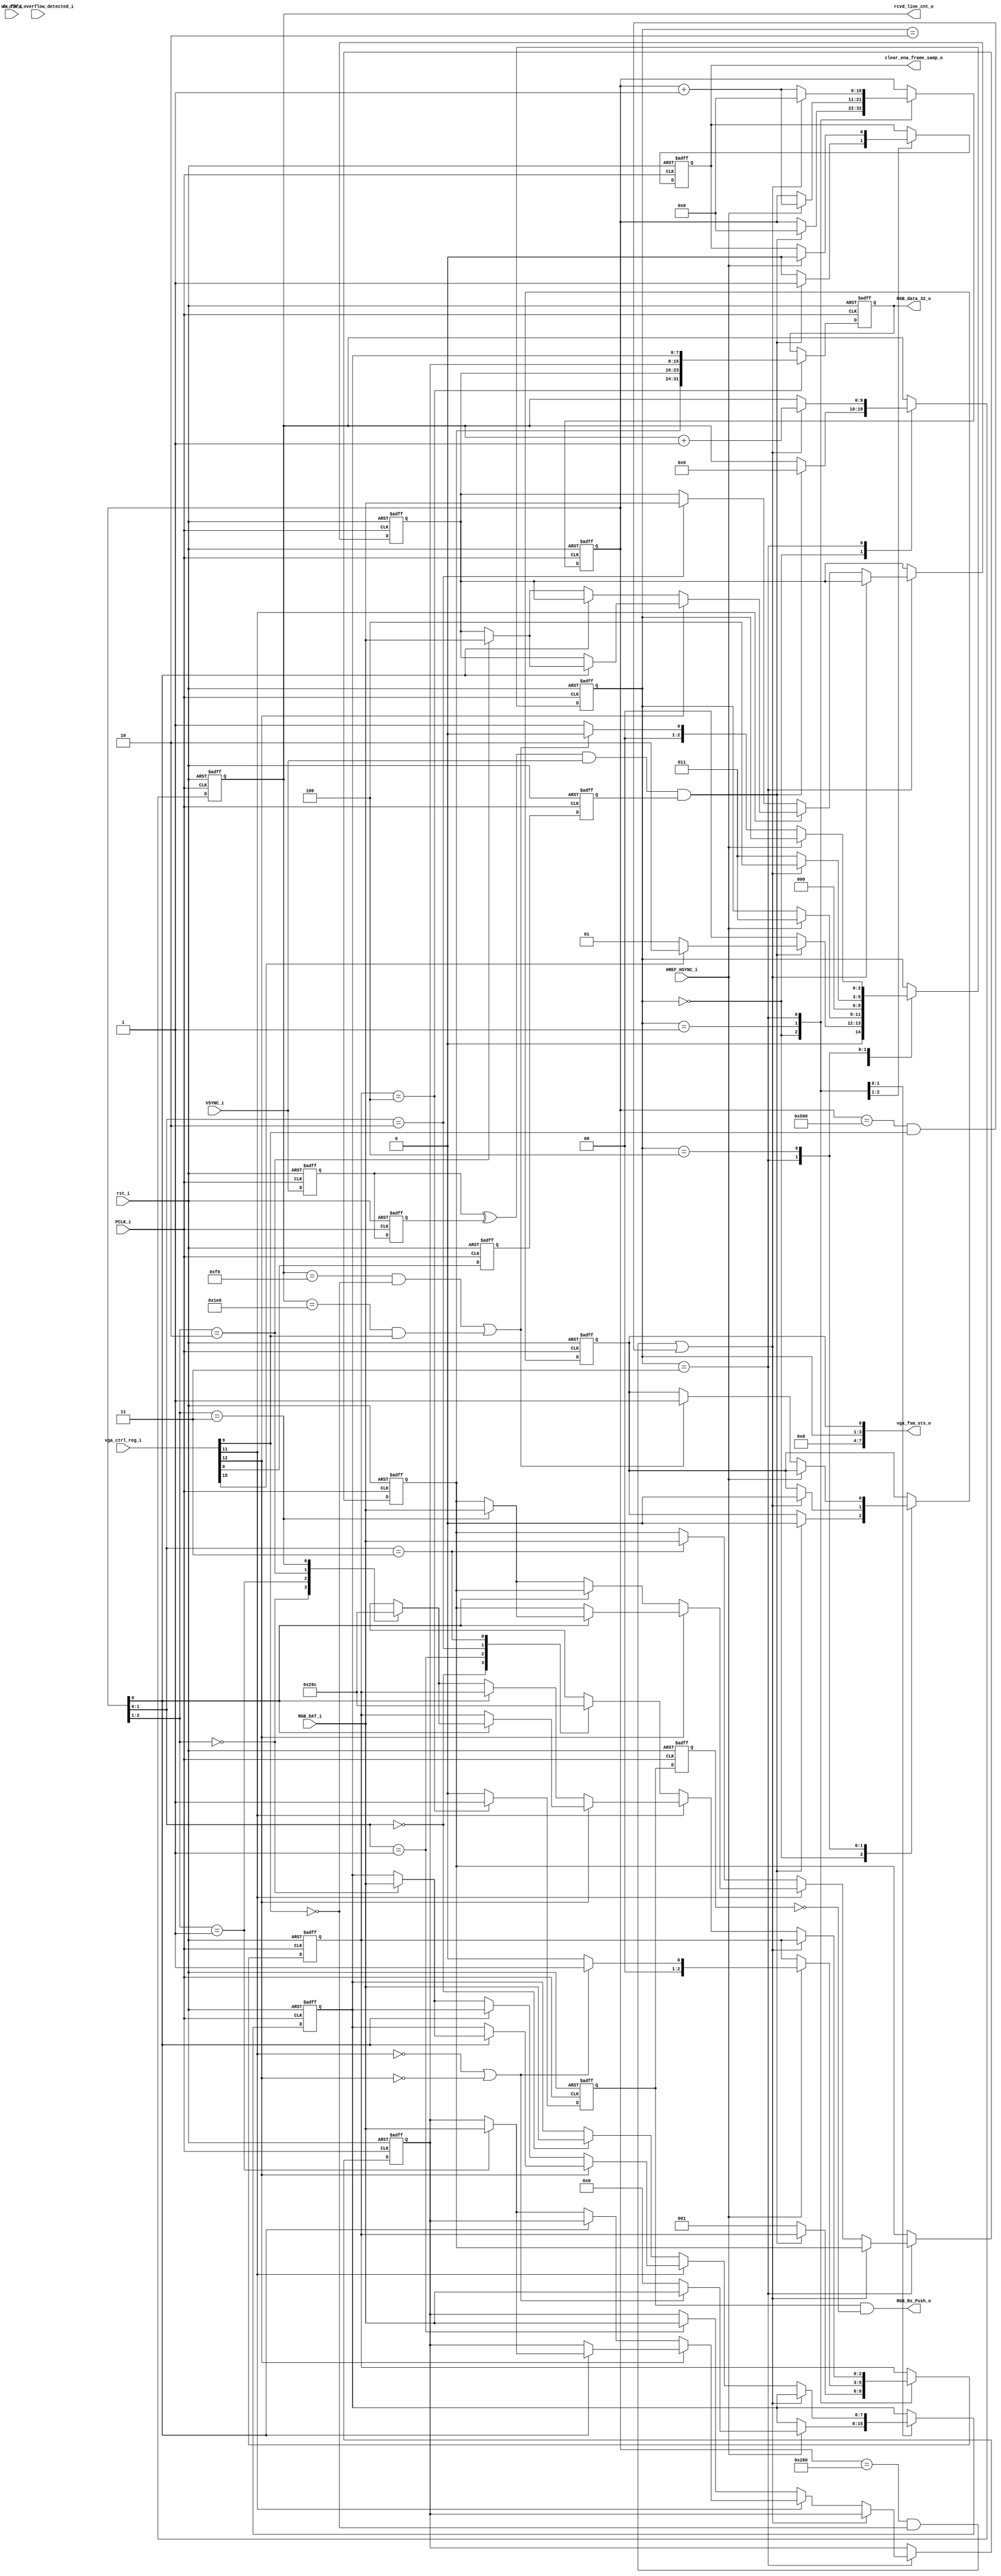
// -----------------------------------------------------------------------------
// title          : AL4S3B Fabric In VGA sample IP Module
// project        : Tamar2 Device
// -----------------------------------------------------------------------------
// company        : QuickLogic Corp
// last update    : 2017/11/9
// platform       : ArcticLink 4 S3B
// standard       : Verilog 2001
// -----------------------------------------------------------------------------
// description: 
// -----------------------------------------------------------------------------
// copyright (c) 2016
// -----------------------------------------------------------------------------
// revisions  :
// date            version    author         description
// 2016/11/09      1.0        Anand Wadke    Initial Release
// -----------------------------------------------------------------------------
// Comments: This solution is specifically for use with the QuickLogic
//           AL4S3B device. 
// -----------------------------------------------------------------------------
//

`timescale 1ns / 10ps

//`define SIM
module vga_frame_capture ( 
            input  			wb_clk_i	,
            input  			rst_i	,
			
			input 			PCLK_i,
			input 			VSYNC_i,
			input 			HREF_HSYNC_i,
			input 	[7:0]	RGB_DAT_i,				
			
			input  [15:0]   vga_ctrl_reg_i,
			output [7:0]    vga_fsm_sts_o,
			output          clear_ena_frame_samp_o,
            input  			rx_fifo_overflow_detected_i	,
			
			output [9:0]    rcvd_line_cnt_o,

			output [31:0] 	RGB_data_32_o,
            output 			RGB_Rx_Push_o
			
						
			);
parameter ST_IDLE            = 3'b000;
parameter ST_WAIT_FOR_HREF_1 = 3'b001;
parameter ST_WAIT_FOR_HSYNC  = 3'b010;
parameter ST_SAMPLE_LINE_DAT = 3'b011;
parameter ST_WAIT_FOR_HREF_0 = 3'b100;

reg   [2:0]  st_frame_trns;

reg   [10:0] horizontal_cnt ;
reg   [9:0] line_cnt ;		 

wire	fsm_rst_sig;
wire    ena_frame_samp;
wire    sample_all_byte;
wire    even_byte_sel;
wire    odd_byte_sel;

reg [7:0]   RGB_byte0, RGB_byte1,RGB_byte2, RGB_byte3; 
reg [31:0]  RGB_data_32;
reg 		RGB_Rx_Push;
reg 		RGB_Rx_Push1;
reg [2:0]   word_index_sample_cnt;
reg 		frame_receive_done;

reg    ena_frame_samp_sync_p1;
reg    ena_frame_samp_sync_p2;

wire 		vsync_edge_detect;
reg 		vsync_reg1,vsync_reg2;
reg 		clear_ena_frame_samp;

wire        frame_type_320;
wire        frame_type_640;

wire        HREF_HSYN_n;


assign      clear_ena_frame_samp_o = clear_ena_frame_samp; 

assign vsync_edge_detect = vsync_reg1 ^ vsync_reg2;

assign rcvd_line_cnt_o = line_cnt;

assign ena_frame_samp  =  vga_ctrl_reg_i[0]; 
assign sample_all_byte = ~vga_ctrl_reg_i[11]; 
assign even_byte_sel   = ~vga_ctrl_reg_i[12]; 
assign odd_byte_sel    =  vga_ctrl_reg_i[12]; 
assign frame_type_320  =  ~vga_ctrl_reg_i[9]; 
assign frame_type_640  =   vga_ctrl_reg_i[9]; 
assign HREF_HSYN_n     =   ~vga_ctrl_reg_i[15]; 

assign vga_fsm_sts_o = {st_frame_trns,frame_receive_done};
//assign fsm_rst_sig   = rst_i | rx_fifo_overflow_detected_i;//Commented for testing-Dec7
assign fsm_rst_sig   = rst_i;

always @(posedge PCLK_i or posedge fsm_rst_sig) //clk_i = 10 Mhz
begin
     if (fsm_rst_sig==1'b1)
	 begin
		ena_frame_samp_sync_p1	<= 1'b0;
	    ena_frame_samp_sync_p2	<= 1'b0;
	 end
	 else
	 begin
		ena_frame_samp_sync_p1	<= ena_frame_samp;
	    ena_frame_samp_sync_p2	<= ena_frame_samp_sync_p1;	 
	 
	 end
end	


always @(posedge PCLK_i or posedge fsm_rst_sig) //clk_i = 10 Mhz
begin
     if (fsm_rst_sig==1'b1)
	 begin
		vsync_reg1	<= 1'b0;
	    vsync_reg2	<= 1'b0;
	 end
	 else
	 begin
		vsync_reg1	<= VSYNC_i;
	    vsync_reg2	<= vsync_reg1;	 
	 
	 end
end	


always @(posedge PCLK_i or posedge fsm_rst_sig)
begin
	if (fsm_rst_sig)
	begin
	  
	 // hori_delay_datsample_cntr <= 0;
      RGB_byte0 				<= 8'h0;	  
      RGB_byte1 				<= 8'h0;	  
      RGB_byte2 				<= 8'h0;	  
      RGB_byte3 				<= 8'h0;	 

	  horizontal_cnt 		    <= 10'd0;	  
	  line_cnt 		 		    <= 10'd0;	

      word_index_sample_cnt     <= 	3'd1;  
	  
	  st_frame_trns 	 		<= ST_IDLE;
	  frame_receive_done 		<= 1'b0;
	  
	  clear_ena_frame_samp      <= 1'b0;
	
	end
	else
	begin
	
	   case (st_frame_trns)
	   
	   ST_IDLE : //Wait for Vsync edge
				//if (vsync_edge_detect==1'b1 && vsync == 1'b1 && ena_frame_samp==1'b1)
				begin
					if (vsync_edge_detect==1'b1 && VSYNC_i == 1'b1 && ena_frame_samp_sync_p2==1'b1)
					begin
						if (HREF_HSYN_n == 1)
						//if (HREF_HSYNC_i == 1)
						begin
							st_frame_trns <= ST_WAIT_FOR_HREF_1;
							clear_ena_frame_samp <= 1'b1;
					        horizontal_cnt 		 <= 10'd0;	  
	                        line_cnt 		     <= 10'd0;								
						end	
						else
						begin
							st_frame_trns <= ST_WAIT_FOR_HSYNC;
							clear_ena_frame_samp <= 1'b1;
					        horizontal_cnt 		 <= 10'd0;	  
	                        line_cnt 		     <= 10'd0;							
						end	
							
						frame_receive_done <= 1'b0;	
					end
					else
					begin
						clear_ena_frame_samp <= 1'b0;
					    st_frame_trns        <= ST_IDLE;
						//frame_receive_done   <= 1'b0;	//Commented Dec 7
						frame_receive_done   <= frame_receive_done;
						
					    //horizontal_cnt 		 <= 10'd0;	  
	                    //line_cnt 		     <= 10'd0;	
					    horizontal_cnt 		 <= horizontal_cnt;	  
	                    line_cnt 		     <= line_cnt;							
						word_index_sample_cnt     <= 	3'd1;  
						
						
					end
				end	
                
           				
	            
	   ST_WAIT_FOR_HREF_1 : 
	                 begin
						//wait for href =1
						//if href=1 then Sample the First byte if First byte sample is enable.
						//else ignore first sample and move forwards for sampling second byte.
						//if all byte sample is enabled sample first bytes followed by second and subsequent bytes.
						if (HREF_HSYNC_i==1'b1)
						begin
							if(sample_all_byte | even_byte_sel)
							begin
								RGB_byte0 <= RGB_DAT_i; 
								word_index_sample_cnt <= 1;
							end
							else
							begin
								RGB_byte0 <= 8'h0;
								word_index_sample_cnt <= 0;
							end
							clear_ena_frame_samp      <= 1'b0;
							st_frame_trns 			  <= ST_SAMPLE_LINE_DAT;
							horizontal_cnt            <= horizontal_cnt+1;
						end	
						else
						begin
						
						
						    st_frame_trns <= st_frame_trns;
                        end
                     end

	   ST_WAIT_FOR_HSYNC  : //will be added later
					       begin		
							////Delay the data sampling by 45*Tp 
	                        ////After delay Sample First Byte.
							//if (hori_delay_datsample_cntr=45)
							//
							//
							//
							//RGB_byte0 <= RGB_DAT_i;
							//st_frame_trns <= ST_SAMPLE_LINE_DAT;
							st_frame_trns        <= ST_IDLE;
						   end	
	   
	   
	   ST_SAMPLE_LINE_DAT  : 
							begin
							//Delay the data sampling by 45*Tp 
	                        //After delay Sample First Byte.
								//if ((horizontal_cnt == 10'd320 & frame_type_320 == 1) || (horizontal_cnt == 10'd640 & frame_type_640 == 1))
								if ((horizontal_cnt == 11'd640 & frame_type_320 == 1) || (horizontal_cnt == 11'd1280 & frame_type_640 == 1))
								begin
									//All data sampled. Decrement Line count.	
									horizontal_cnt <= 0;
									/*if ((line_cnt== 10'd240 & frame_type_320 == 1) || (line_cnt == 10'd480 & frame_type_640 == 1))
									begin
										st_frame_trns <= ST_IDLE;
										frame_receive_done <= 1'b1;
									end
									else
									begin */
									    line_cnt      <= line_cnt + 1;
										st_frame_trns <= ST_WAIT_FOR_HREF_0;
										frame_receive_done <= 1'b0;	
									//end
									
								end
								else
								begin
									horizontal_cnt <= horizontal_cnt+1;
								
									if(sample_all_byte==1'b1)
									begin
										case (horizontal_cnt[1:0])
											2'b00 : begin
														RGB_byte0 				<= RGB_DAT_i;
														word_index_sample_cnt   <= 1; 
													end 
											2'b01 : begin
														RGB_byte1 				<= RGB_DAT_i;
														word_index_sample_cnt   <= 2; 
													end											
											2'b10 : begin
														RGB_byte2 				<= RGB_DAT_i;
														word_index_sample_cnt   <= 3; 
													end 
											2'b11 : begin
														RGB_byte3 				<= RGB_DAT_i;
														word_index_sample_cnt   <= 4; 
													end									
									
										endcase
									end
									else if (even_byte_sel==1'b1)
									begin
										if (horizontal_cnt[0]==1'b0)
										begin
												case (horizontal_cnt[2:1])
													2'b00 : begin
																RGB_byte0 				<= RGB_DAT_i;
																word_index_sample_cnt   <= 1; 
															end 
													2'b01 : begin
																RGB_byte1 				<= RGB_DAT_i;
																word_index_sample_cnt   <= 2; 
															end											
													2'b10 : begin
																RGB_byte2 				<= RGB_DAT_i;
																word_index_sample_cnt   <= 3; 
															end 
													2'b11 : begin
																RGB_byte3 				<= RGB_DAT_i;
																word_index_sample_cnt   <= 4; 
															end									
											
												endcase								
										end
									end  
									else if (odd_byte_sel==1'b1)
									begin
										if (horizontal_cnt[0]==1'b1)
										begin
												case (horizontal_cnt[2:1])
													2'b00 : begin
																RGB_byte0 				<= RGB_DAT_i;
																word_index_sample_cnt   <= 1; 
															end 
													2'b01 : begin
																RGB_byte1 				<= RGB_DAT_i;
																word_index_sample_cnt   <= 2; 
															end											
													2'b10 : begin
																RGB_byte2 				<= RGB_DAT_i;
																word_index_sample_cnt   <= 3; 
															end 
													2'b11 : begin
																RGB_byte3 				<= RGB_DAT_i;
																word_index_sample_cnt   <= 4; 
															end									
											
												endcase								
										end								
							        end
								   
								   st_frame_trns <= ST_SAMPLE_LINE_DAT;	   
	                          end
	                       end
	   
		 ST_WAIT_FOR_HREF_0 : begin
		                          if (HREF_HSYNC_i==1'b0)
		                          begin
								    if ((line_cnt== 10'd240 & frame_type_320 == 1) || (line_cnt == 10'd480 & frame_type_640 == 1))
									begin
										st_frame_trns <= ST_IDLE;
										frame_receive_done <= 1'b1;
										//line_cnt <= 0;//Commented Dec 7
										line_cnt      <= line_cnt;
									end
								    else
									begin
									    st_frame_trns <= ST_WAIT_FOR_HREF_1;//ST_IDLE;
									    //line_cnt      <= line_cnt + 1;
									end   
								  end
								  else
								  begin
									 st_frame_trns <= st_frame_trns;
									 line_cnt      <= line_cnt;
		                          end
							  end

				

	  
       endcase 
	end
end

//Push Create 32 bit data and push to Rx FIFO.
always @(posedge PCLK_i or posedge rst_i)
begin
    if (rst_i)
	begin
	   RGB_data_32 <= 32'h0;
	   RGB_Rx_Push <= 1'b0;
	   RGB_Rx_Push1 <= 1'b0;
	end
	else
	begin
		if (word_index_sample_cnt==3'd4)
		begin 
			RGB_Rx_Push <= 1'b1;	
			RGB_Rx_Push1 <= RGB_Rx_Push;
			RGB_data_32 <= {RGB_byte3,RGB_byte2,RGB_byte1,RGB_byte0}; 
`ifdef SIM
			#1;
			if (RGB_data_32==32'haaaaaa55)
			   $stop();


`endif			
		end
		else
		begin
			RGB_Rx_Push <= 1'b0;	
			RGB_Rx_Push1 <= RGB_Rx_Push;
	    end
	end
end



assign RGB_data_32_o = RGB_data_32;
assign RGB_Rx_Push_o = RGB_Rx_Push & ~RGB_Rx_Push1;

endmodule